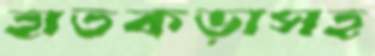
হাতকড়াসহ